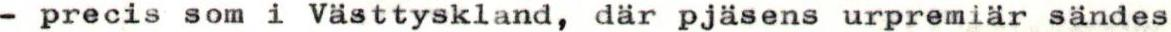
- precis som i Västtyskland, där pjäsens urpremiär sändes